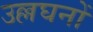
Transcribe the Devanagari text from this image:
उल्लघनों